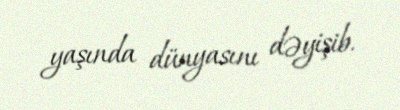
yaşında dünyasını dəyişib.